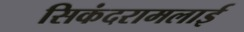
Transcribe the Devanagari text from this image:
सिकंदरामलाई